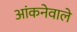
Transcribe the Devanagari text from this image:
आंकनेवाले